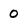
Character: 0